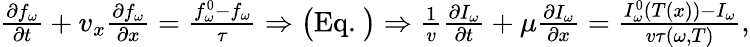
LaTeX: \begin{array}{r}{\frac{\partial f_{\omega}}{\partial t}+v_{x}\frac{\partial f_{\omega}}{\partial x}=\frac{f_{\omega}^{0}-f_{\omega}}{\tau}\Rightarrow\big(\textrm{Eq.~}\big)\Rightarrow\frac{1}{v}\frac{\partial I_{\omega}}{\partial t}+\mu\frac{\partial I_{\omega}}{\partial x}=\frac{I_{\omega}^{0}(T(x))-I_{\omega}}{v\tau(\omega,T)},}\end{array}